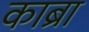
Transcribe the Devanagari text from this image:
काब्रा